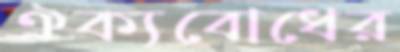
ঐক্যবোধের